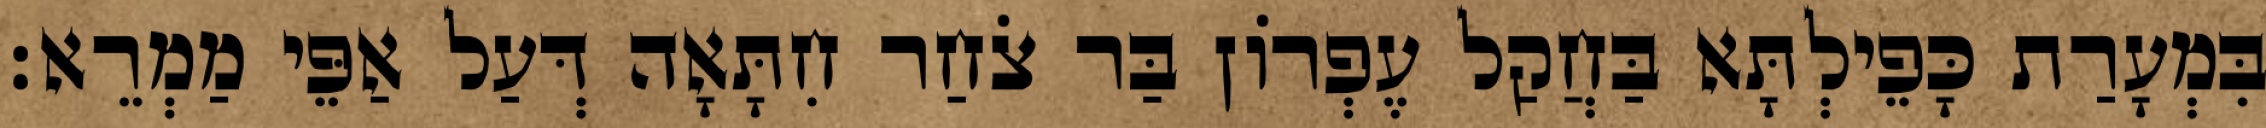
בִּמְעָרַת כָּפֵילְתָּא בַּחֲקַל עֶפְרוֹן בַּר צֹחַר חִתָּאָה דְּעַל אַפֵּי מַמְרֵא׃